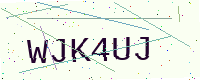
Text: WJK4UJ